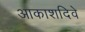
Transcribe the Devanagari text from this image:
आकाशदिवे